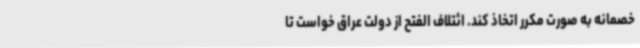
خصمانه به صورت مکرر اتخاذ کند. ائتلاف الفتح از دولت عراق خواست تا